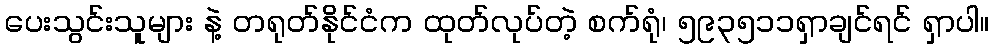
ပေးသွင်းသူများ နဲ့ တရုတ်နိုင်ငံက ထုတ်လုပ်တဲ့ စက်ရုံ၊ ၅၉၃၅၁၁ရှာချင်ရင် ရှာပါ။